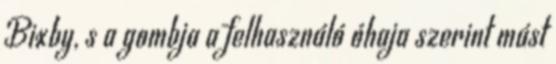
Bixby, s a gombja a felhasználó óhaja szerint mást